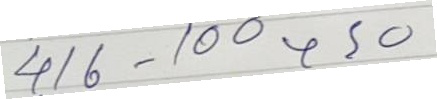
416 - 100 + 50